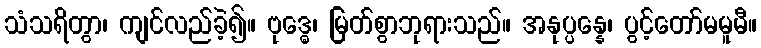
သံသရိတွာ၊ ကျင်လည်ခဲ့၍။ ဗုဒ္ဓေ၊ မြတ်စွာဘုရားသည်။ အနုပ္ပန္နေ၊ ပွင့်တော်မမူမီ။